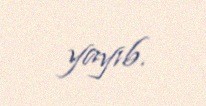
yayıb.